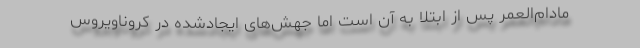
مادام‌العمر پس از ابتلا به آن است اما جهش‌های ایجادشده در کروناویروس